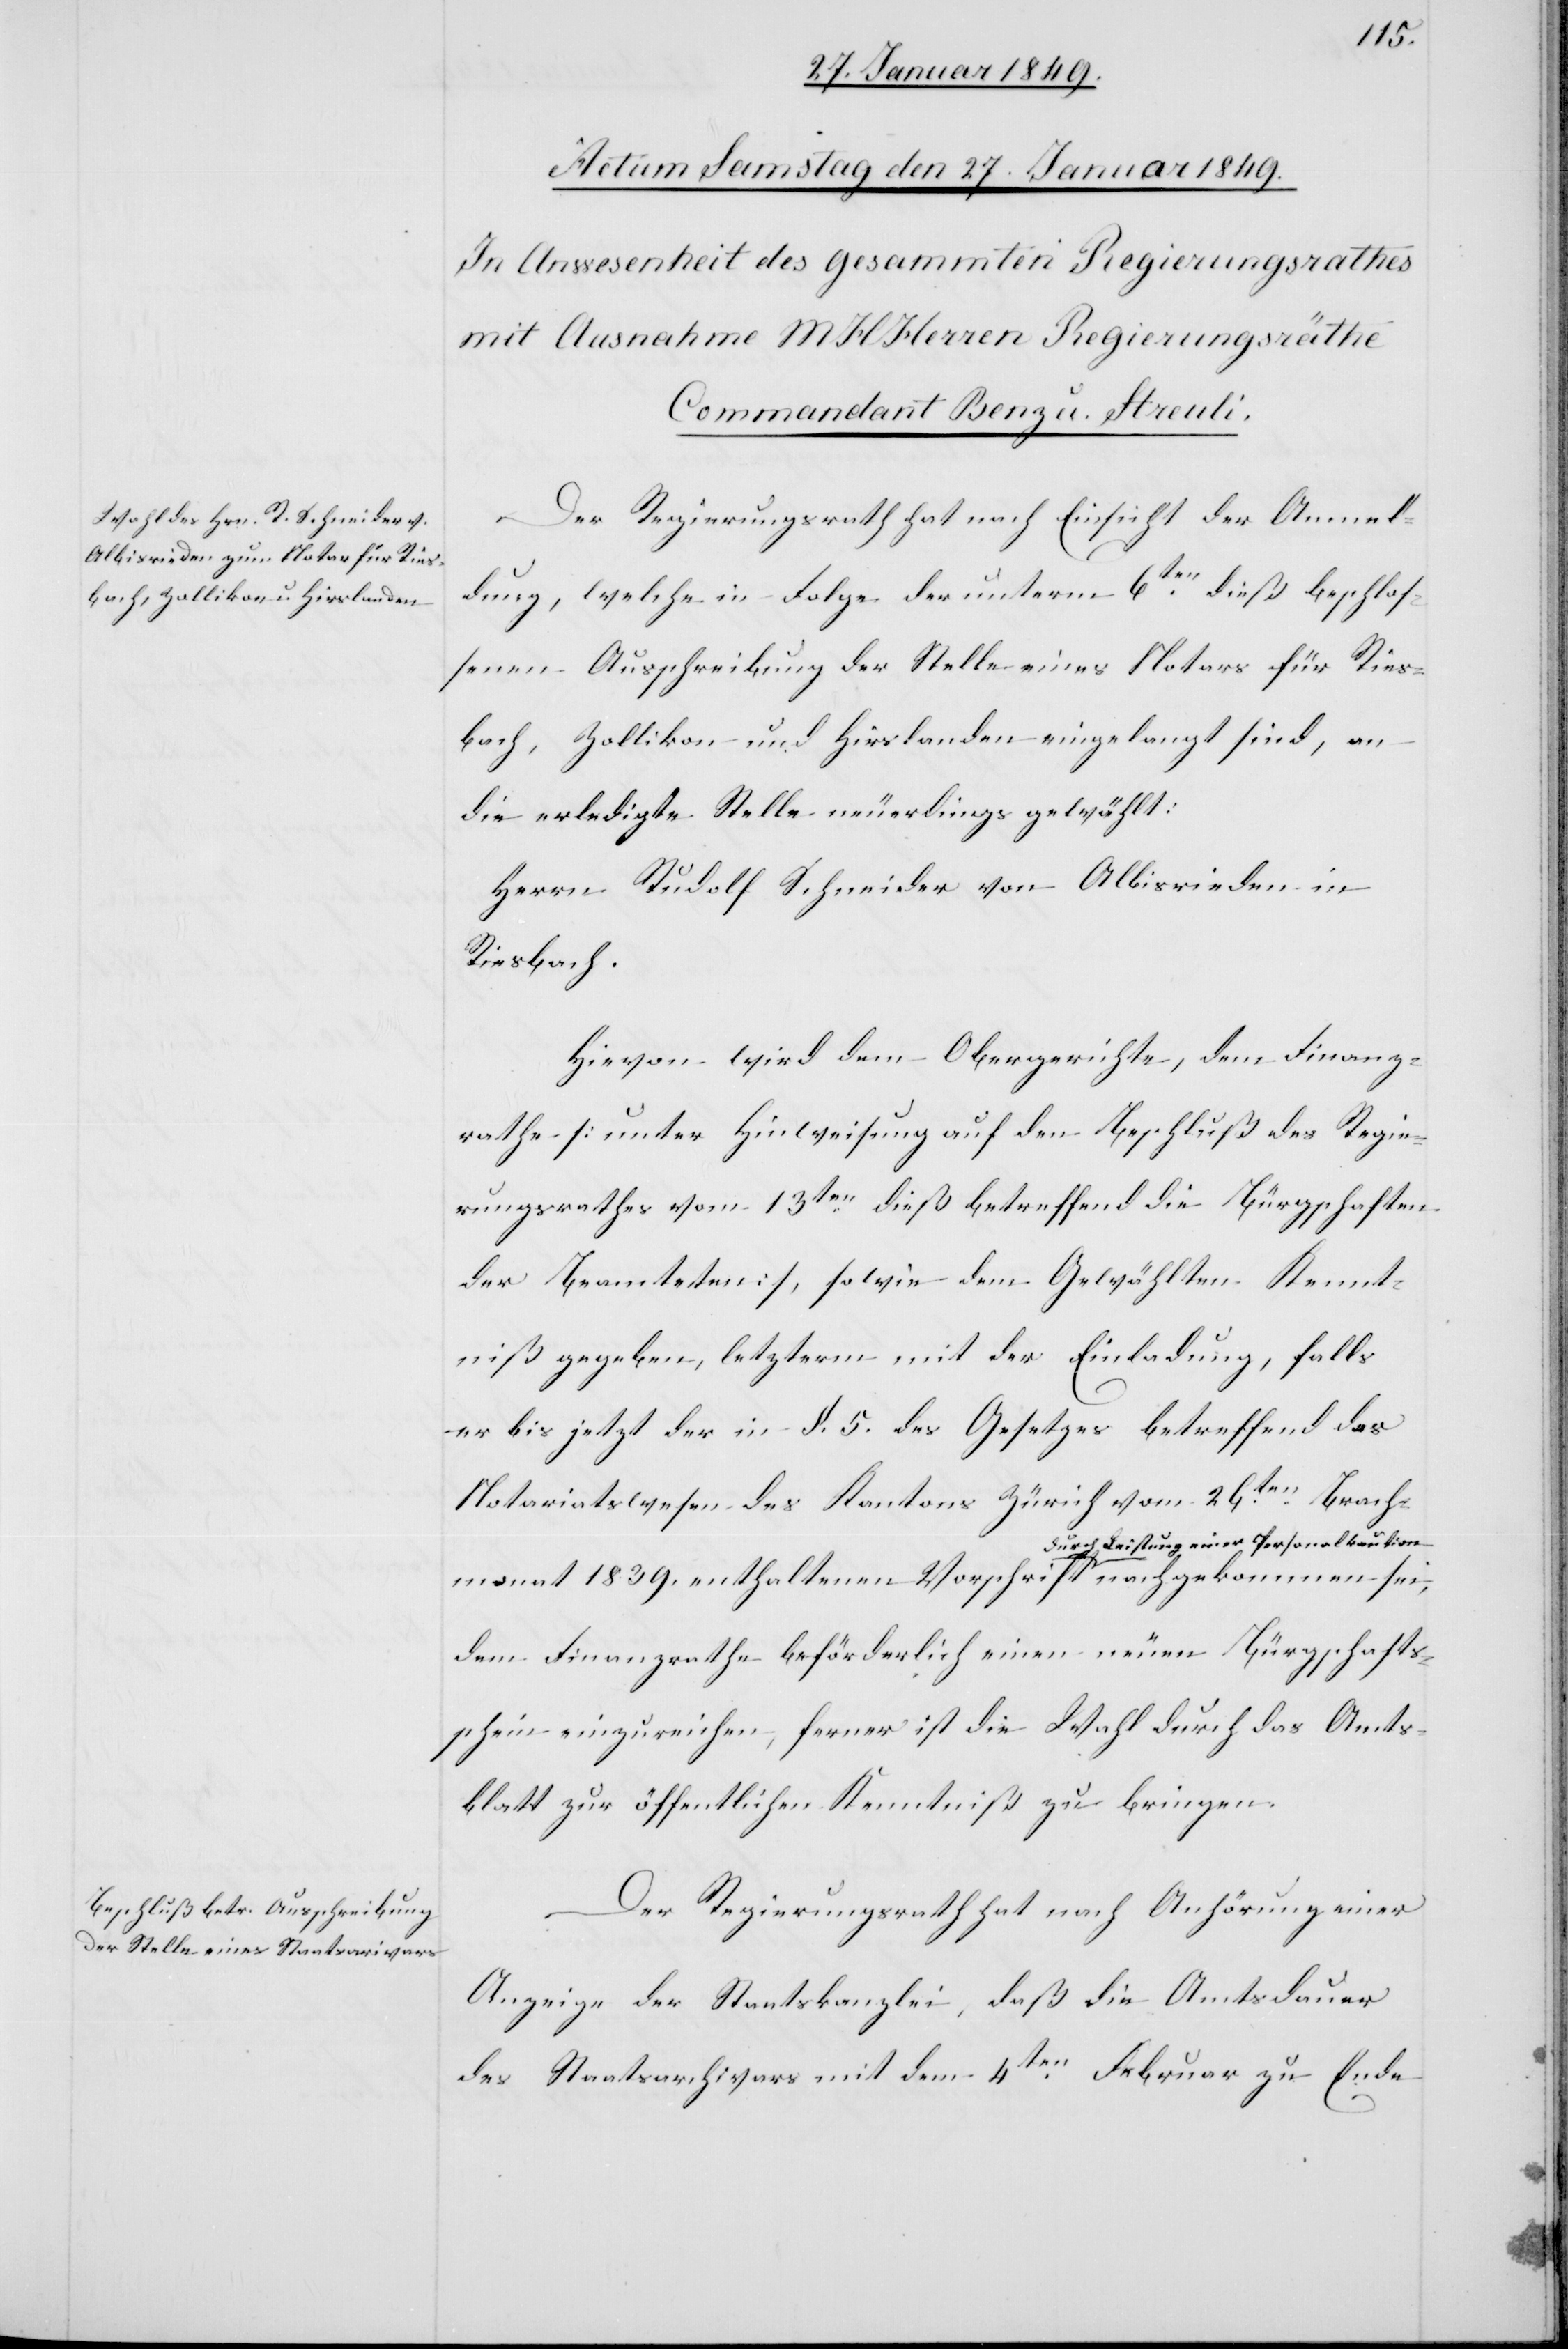
Der Regierungsrath hat nach Einsicht der Anmel¬
dung, welche in Folge der unterm 6ten. dieß beschlos¬
senen Ausschreibung der Stelle eines Notars für Ries¬
bach, Zollikon und Hirslanden eingelangt sind, an
die erledigte Stelle neuerdings gewählt:
Herrn Rudolf Schneider von Albisrieden in
Riesbach.
Hievon wird dem Obergerichte, dem Finanz¬
rathe [unter Hinweisung auf den Beschluß des Regie¬
rungsrathes vom 13ten. dieß betreffend die Bürgschaften
der Beamteten], sowie dem Gewählten Kennt¬
niß gegeben, letzterm mit der Einladung, falls
er bis jetzt der in §. 5. des Gesetzes betreffend das
Notariatswesen des Kantons Zürich vom 26ten. Brach¬
monat 1839. enthaltenen Vorschrift durch Leistung einer
dem Finanzrathe beförderlich einen neuen Bürgschafts¬
schein einzureichen, ferner ist die Wahl durch das Amts¬
blatt zur öffentlichen Kenntniß zu bringen.
Der Regierungsrath hat nach Anhörung einer
Anzeige der Staatskanzlei, daß die Amtsdauer
des Staatsarchivars mit dem 4ten. Februar zu Ende